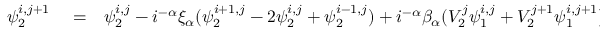
\begin{array} { r l r } { \psi _ { 2 } ^ { i , j + 1 } } & { { } = } & { \psi _ { 2 } ^ { i , j } - i ^ { - \alpha } \xi _ { \alpha } ( \psi _ { 2 } ^ { i + 1 , j } - 2 \psi _ { 2 } ^ { i , j } + \psi _ { 2 } ^ { i - 1 , j } ) + i ^ { - \alpha } \beta _ { \alpha } ( V _ { 2 } ^ { j } \psi _ { 1 } ^ { i , j } + V _ { 2 } ^ { j + 1 } \psi _ { 1 } ^ { i , j + 1 } ) } \end{array}